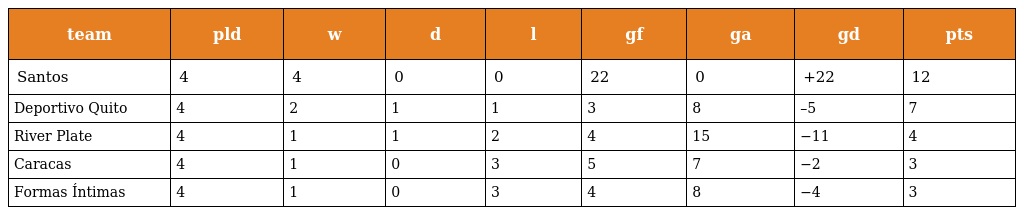
| team | pld | w | d | l | gf | ga | gd | pts |
 | --- | --- | --- | --- | --- | --- | --- | --- | --- |
 | Santos | 4 | 4 | 0 | 0 | 22 | 0 | +22 | 12 |
 | Deportivo Quito | 4 | 2 | 1 | 1 | 3 | 8 | –5 | 7 |
 | River Plate | 4 | 1 | 1 | 2 | 4 | 15 | −11 | 4 |
 | Caracas | 4 | 1 | 0 | 3 | 5 | 7 | −2 | 3 |
 | Formas Íntimas | 4 | 1 | 0 | 3 | 4 | 8 | −4 | 3 |